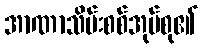
အာဏာသိမ်းစစ်အုပ်စု၏